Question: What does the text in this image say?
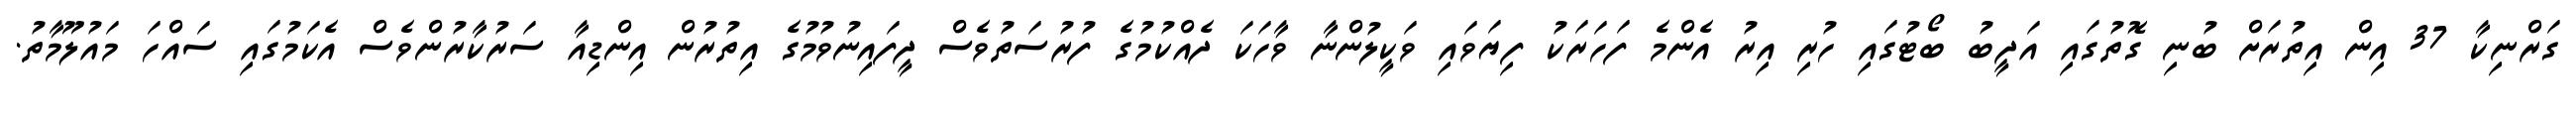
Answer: ގަރްނިކާ 37 އިން އިތުރަށް ބުނި ގޮތުގައި އަދީބު ބޯޓުގައި ހުރި އިރު އެންމެ ފަހަރަކު ފިޔަވައި ވަކީލުންނާ ވާހަކަ ދެއްކުމުގެ ފުރުސަތުވެސް ދީފައިނުވުމުގެ އިތުރުން އިންޑިއާ ސަރުކާރުންވެސް އެކަމުގައި ސައްހަ މައުލޫމާތު.